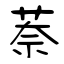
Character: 萘